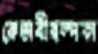
কেতাবীস্বল্পকা